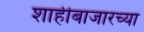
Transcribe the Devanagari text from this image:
शाहीबाजारच्या